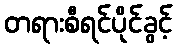
တရားစီရင်ပိုင်ခွင့်